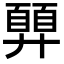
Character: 𢍳